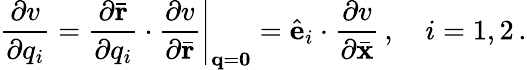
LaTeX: \frac{\partial v}{\partial q_{i}}=\left.\frac{\partial\bar{\mathbf r}}{\partial q_{i}}\cdot\frac{\partial v}{\partial\bar{\mathbf r}}\right|_{{\mathbf q}={\mathbf 0}}=\hat{\mathbf e}_{i}\cdot\frac{\partial v}{\partial\bar{\mathbf x}}\, ,\quad i=1,2\, .